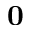
\mathbf { 0 }